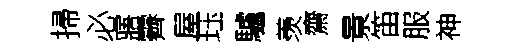
掃必寤霽屋珏驢羡齋㬌笛服神